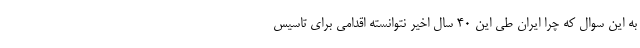
به این سوال که چرا ایران طی این ۴۰ سال اخیر نتوانسته اقدامی برای تاسیس